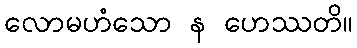
လောမဟံသော န ဟေဿတိ။